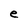
Character: e